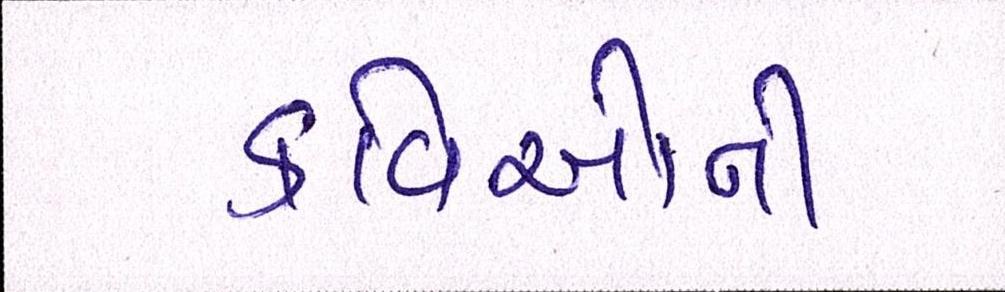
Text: કવિઓની